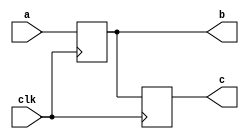


  `timescale 1ns / 1ns
  
  module nonblocking(output reg[3:0] c,
                     output reg[3:0] b,
                     input [3:0] a,
                     input clk);
    always @(posedge clk)
    begin
      b <= a;
      c <= b;
      
      $display("Nonblocking Assignments:c = %d, b = %d, a = %d.", c, b, a);
    end
  endmodule